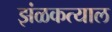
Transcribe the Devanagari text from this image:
झंळकत्याल